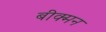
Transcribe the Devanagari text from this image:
बीक्मन